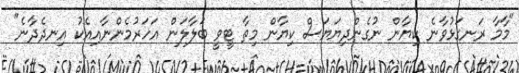
"މާމާ ރަނގަޅުވާނެ ކިޔާން ނުގެންދިޔަޔަސް ކިޔާން މިތާ ޓީވީ ބަލާލަން އަހަރުމެންނާއިއެކު އިނދެދާނެ"